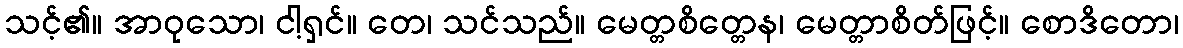
သင့်၏။ အာဝုသော၊ ငါ့ရှင်။ တေ၊ သင်သည်။ မေတ္တစိတ္တေန၊ မေတ္တာစိတ်ဖြင့်။ စောဒိတော၊